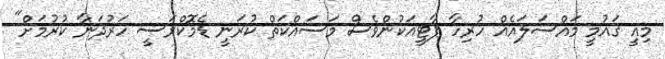
މިއީ ގައުމީ މައްސަލައެއް ހުރިހާ ޕާޓީއަކުންވެސް މަސައްކަތް ކުރަނީ ޑެމޮކްރަސީ ހަރުދަނާ ކުރުމަށް"